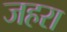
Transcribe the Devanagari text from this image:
जहरा